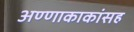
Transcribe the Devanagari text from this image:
अण्णाकाकांसह